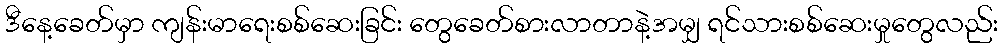
ဒီနေ့ခေတ်မှာ ကျန်းမာရေးစစ်ဆေးခြင်း တွေခေတ်စားလာတာနဲ့အမျှ ရင်သားစစ်ဆေးမှုတွေလည်း